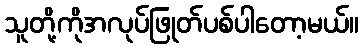
သူတို့ကိုအလုပ်ဖြုတ်ပစ်ပါတော့မယ်။